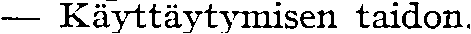
— Käyttäytymisen taidon.